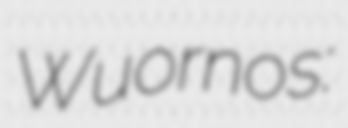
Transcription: Wuornos: